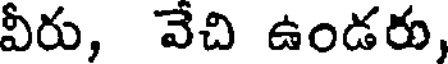
వీరు, వేచి ఉండరు,